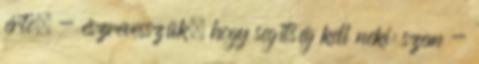
érte. - észrevesszük, hogy segítség kell neki: szem -